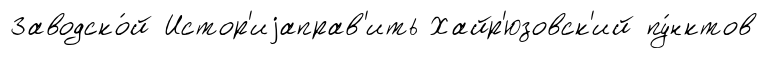
Заводско́й Истор'иjаправ'ить Хайр'юзовск'ий пу́нктов